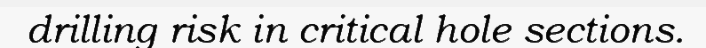
drilling risk in critical hole sections.